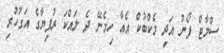
ސްމާޓް ފޯނު އަދި މެކްބުކް އެއާ ހިމެނޭ ދެ ލައްކަ ރުފިޔާގެ އަގުހުރި